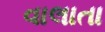
વાલાતા